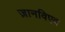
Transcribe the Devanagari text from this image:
ज़ानविएव